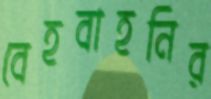
বেহবাহনির